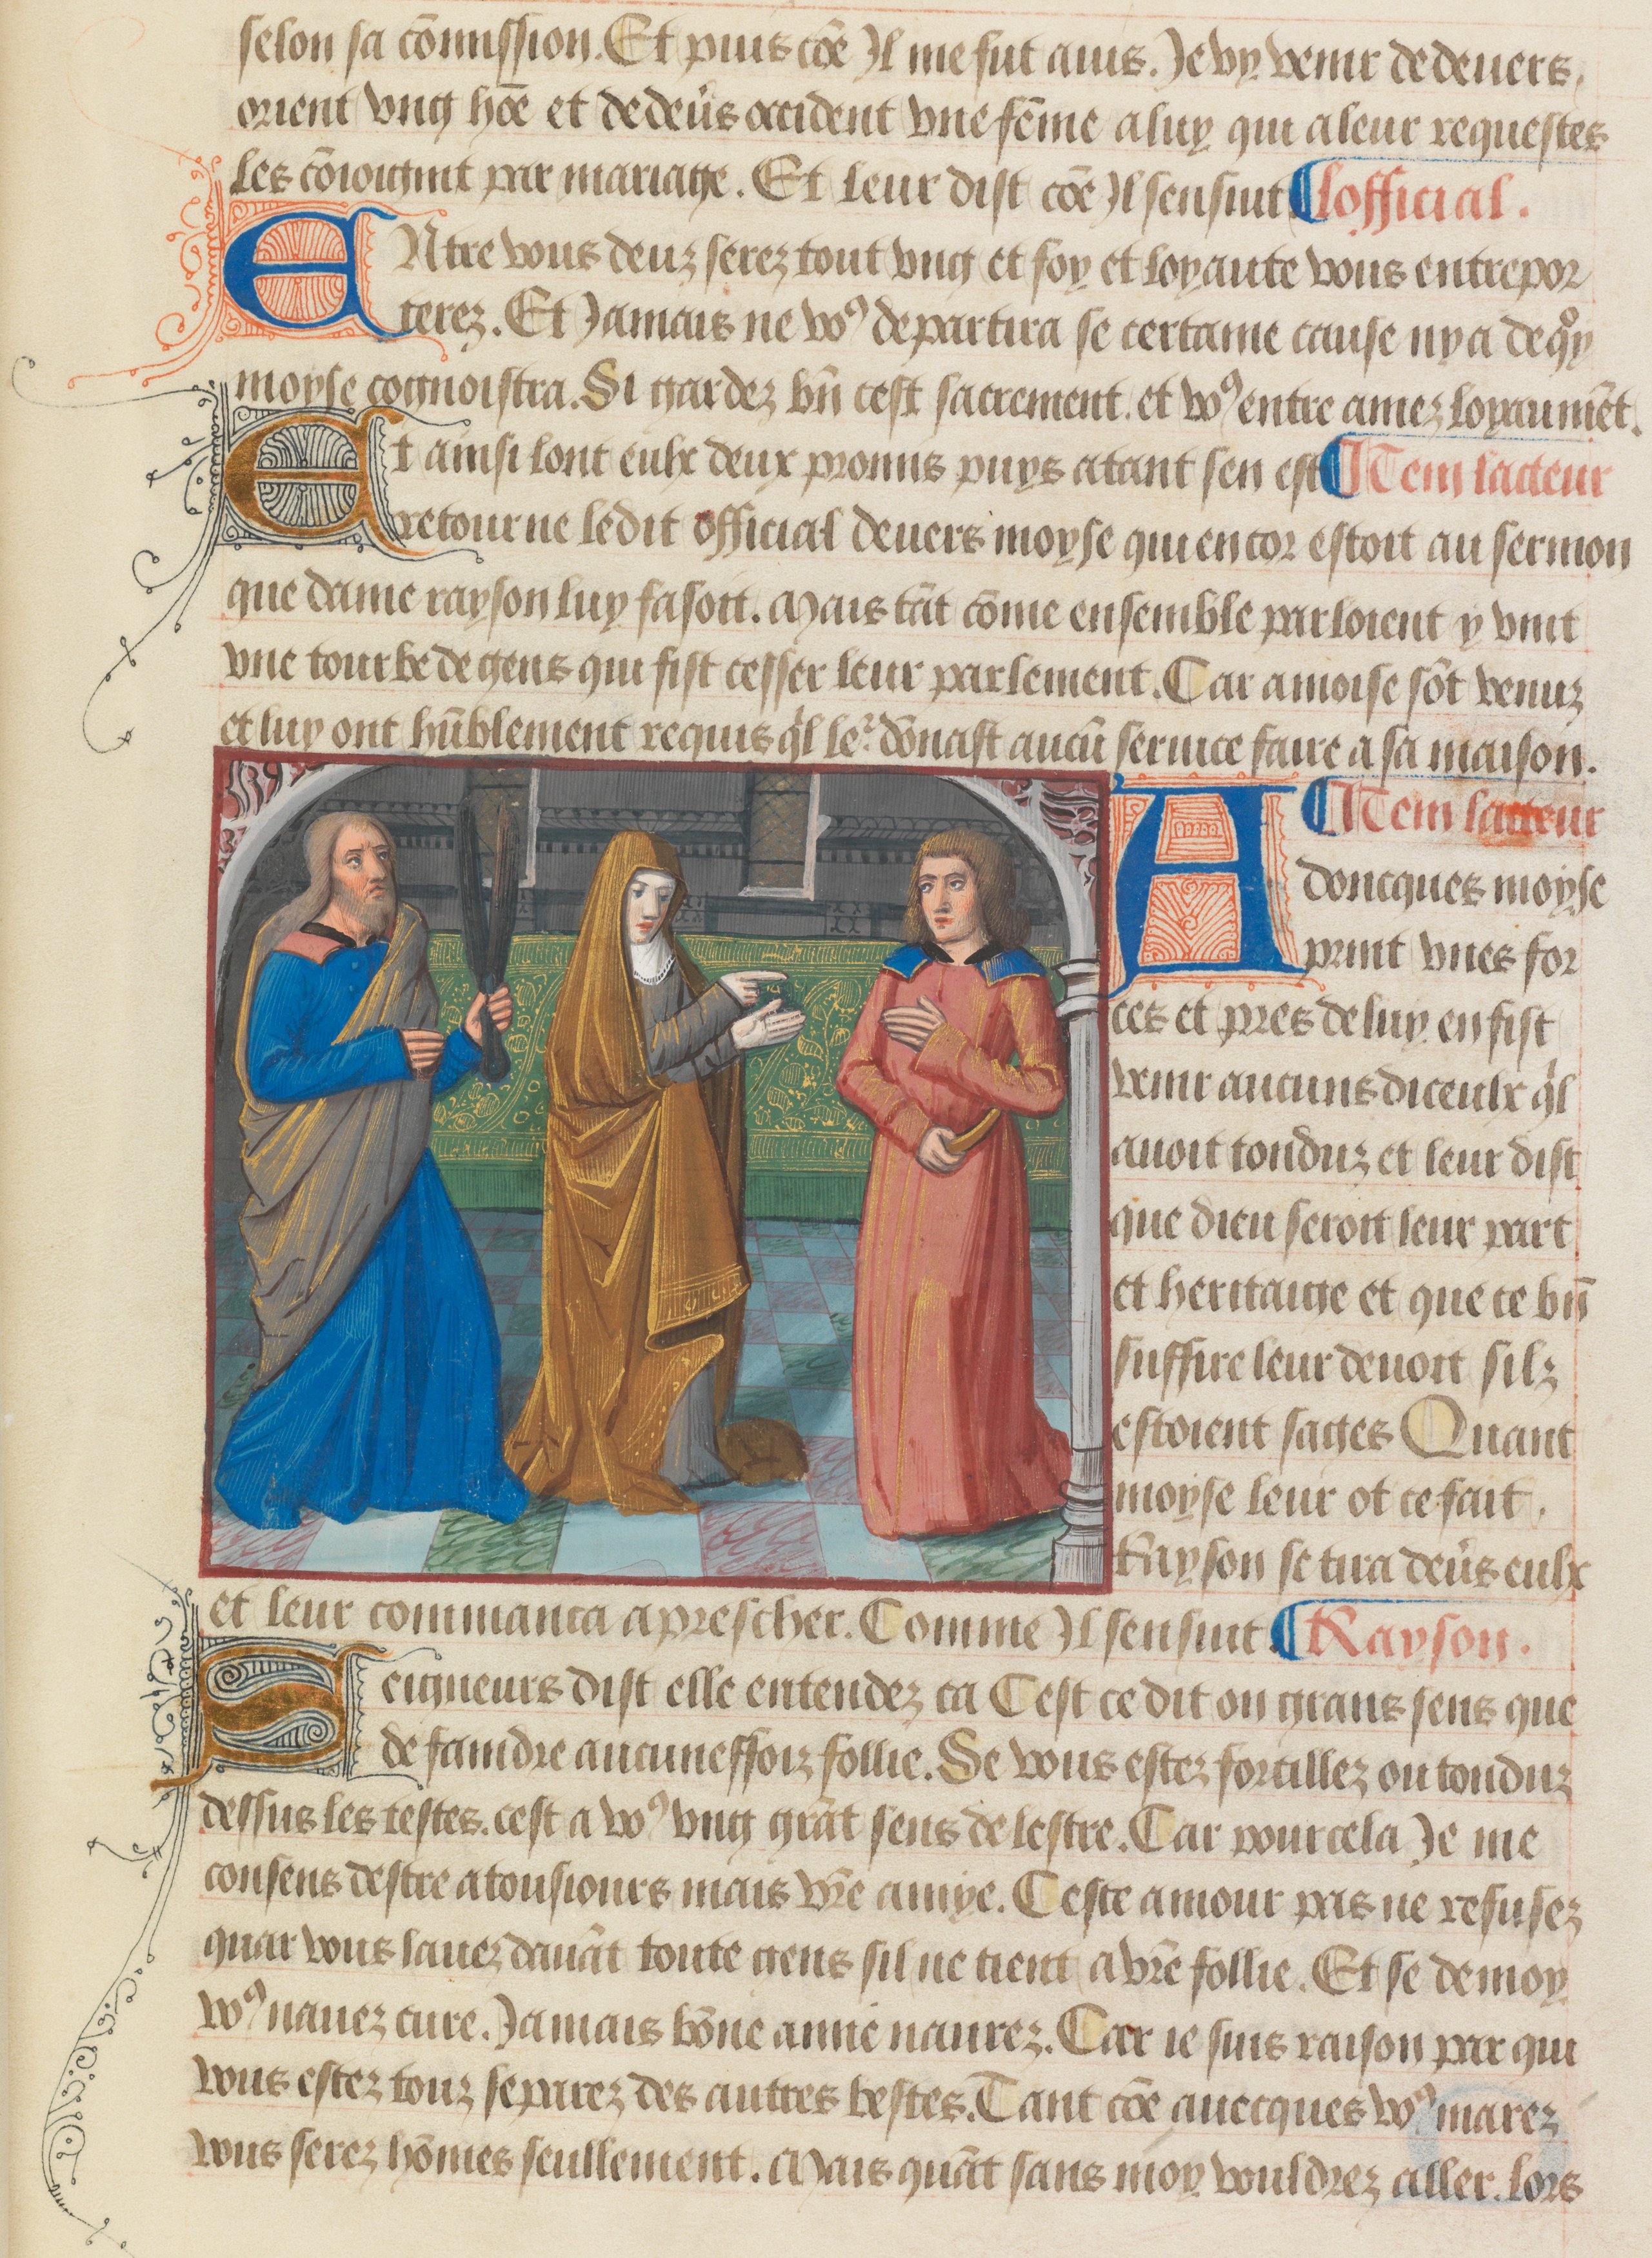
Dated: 1475–1499